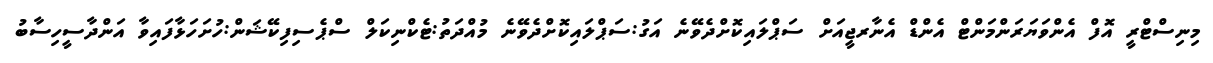
މިނިސްޓްރީ އޮފް އެންވަޔަރަންމަންޓް އެންޑް އެނާރޖީއަށް ސަޕްލައިކޮށްދެވޭނެ އަގު:ސަޕްލައިކޮށްދެވޭނެ މުއްދަތު:ޓެކްނިކަލް ސްޕެސިފިކޭޝަން:ހުށަހަޅާފައިވާ އަންދާސީހިސާބު